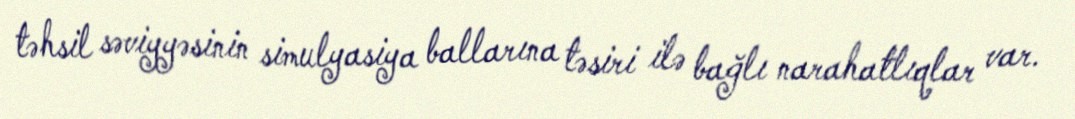
təhsil səviyyəsinin simulyasiya ballarına təsiri ilə bağlı narahatlıqlar var.